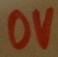
Text: 0V